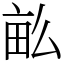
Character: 𤱔